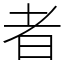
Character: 者